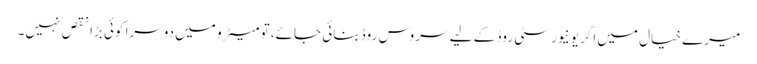
میرے خیال میں اگر یونیورسٹی روڈ کے لیے سروس روڈ بنائی جائے، تو میٹرو میں دوسرا کوئی بڑا نقص نہیں۔